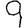
Digit: 9